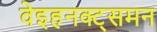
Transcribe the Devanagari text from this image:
वेइहनक्ट्समन